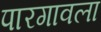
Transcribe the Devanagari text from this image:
पारगावला